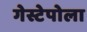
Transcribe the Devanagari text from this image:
गेस्टेपोला